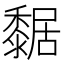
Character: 䵕